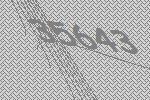
35643